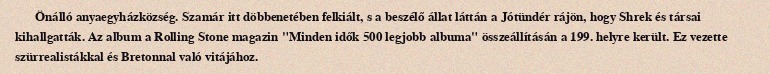
Önálló anyaegyházközség. Szamár itt döbbenetében felkiált, s a beszélő állat láttán a Jótündér rájön, hogy Shrek és társai kihallgatták. Az album a Rolling Stone magazin "Minden idők 500 legjobb albuma" összeállításán a 199. helyre került. Ez vezette szürrealistákkal és Bretonnal való vitájához.